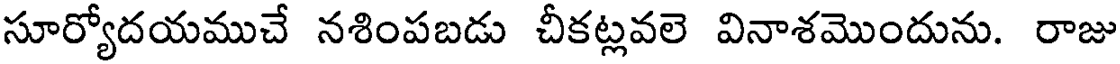
సూర్యోదయముచే నశింపబడు చీకట్లవలె వినాశమొందును. రాజు